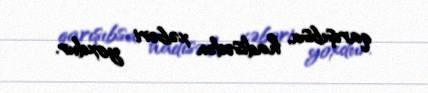
qarışıbsa, hadisədən xəbəri yoxdur.